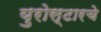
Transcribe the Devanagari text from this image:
युरोस्टारचे